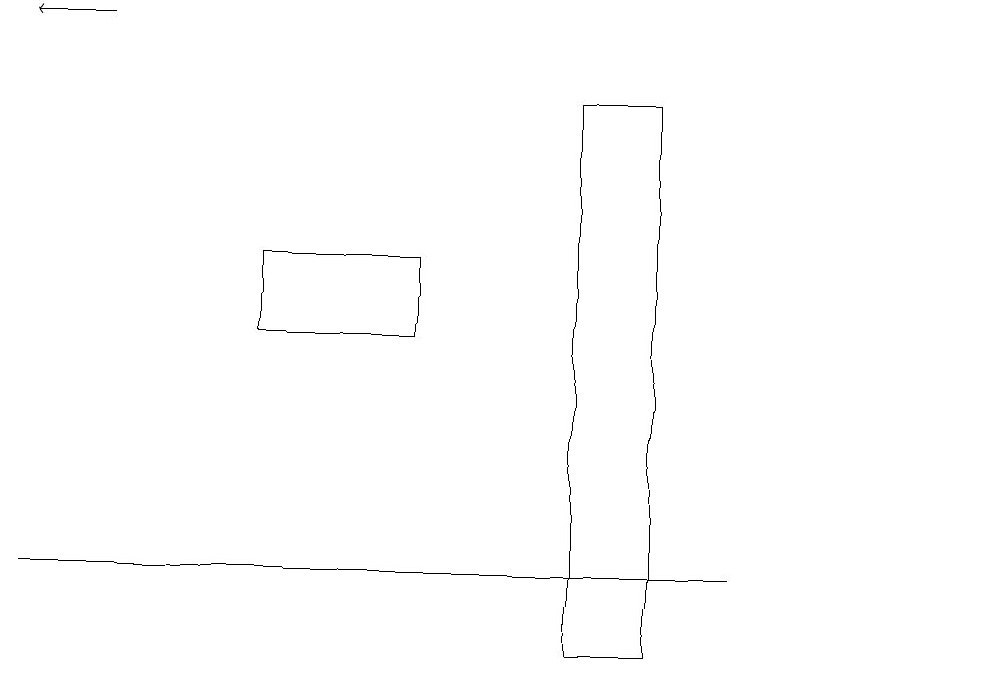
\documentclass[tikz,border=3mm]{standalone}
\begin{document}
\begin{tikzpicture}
\draw (7,17) rectangle (8,10);
\draw (12,11) circle (0);
\draw (9,11) rectangle (0,11);
\draw (5,14) rectangle (3,15);
\draw[->] (1,18) -- (0,18);
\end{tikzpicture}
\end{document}